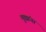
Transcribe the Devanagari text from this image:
मुद्यांना